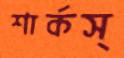
শার্কস্